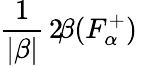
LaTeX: \frac{1}{|\beta|}\, 2\! \beta(F_{\alpha}^{+})~